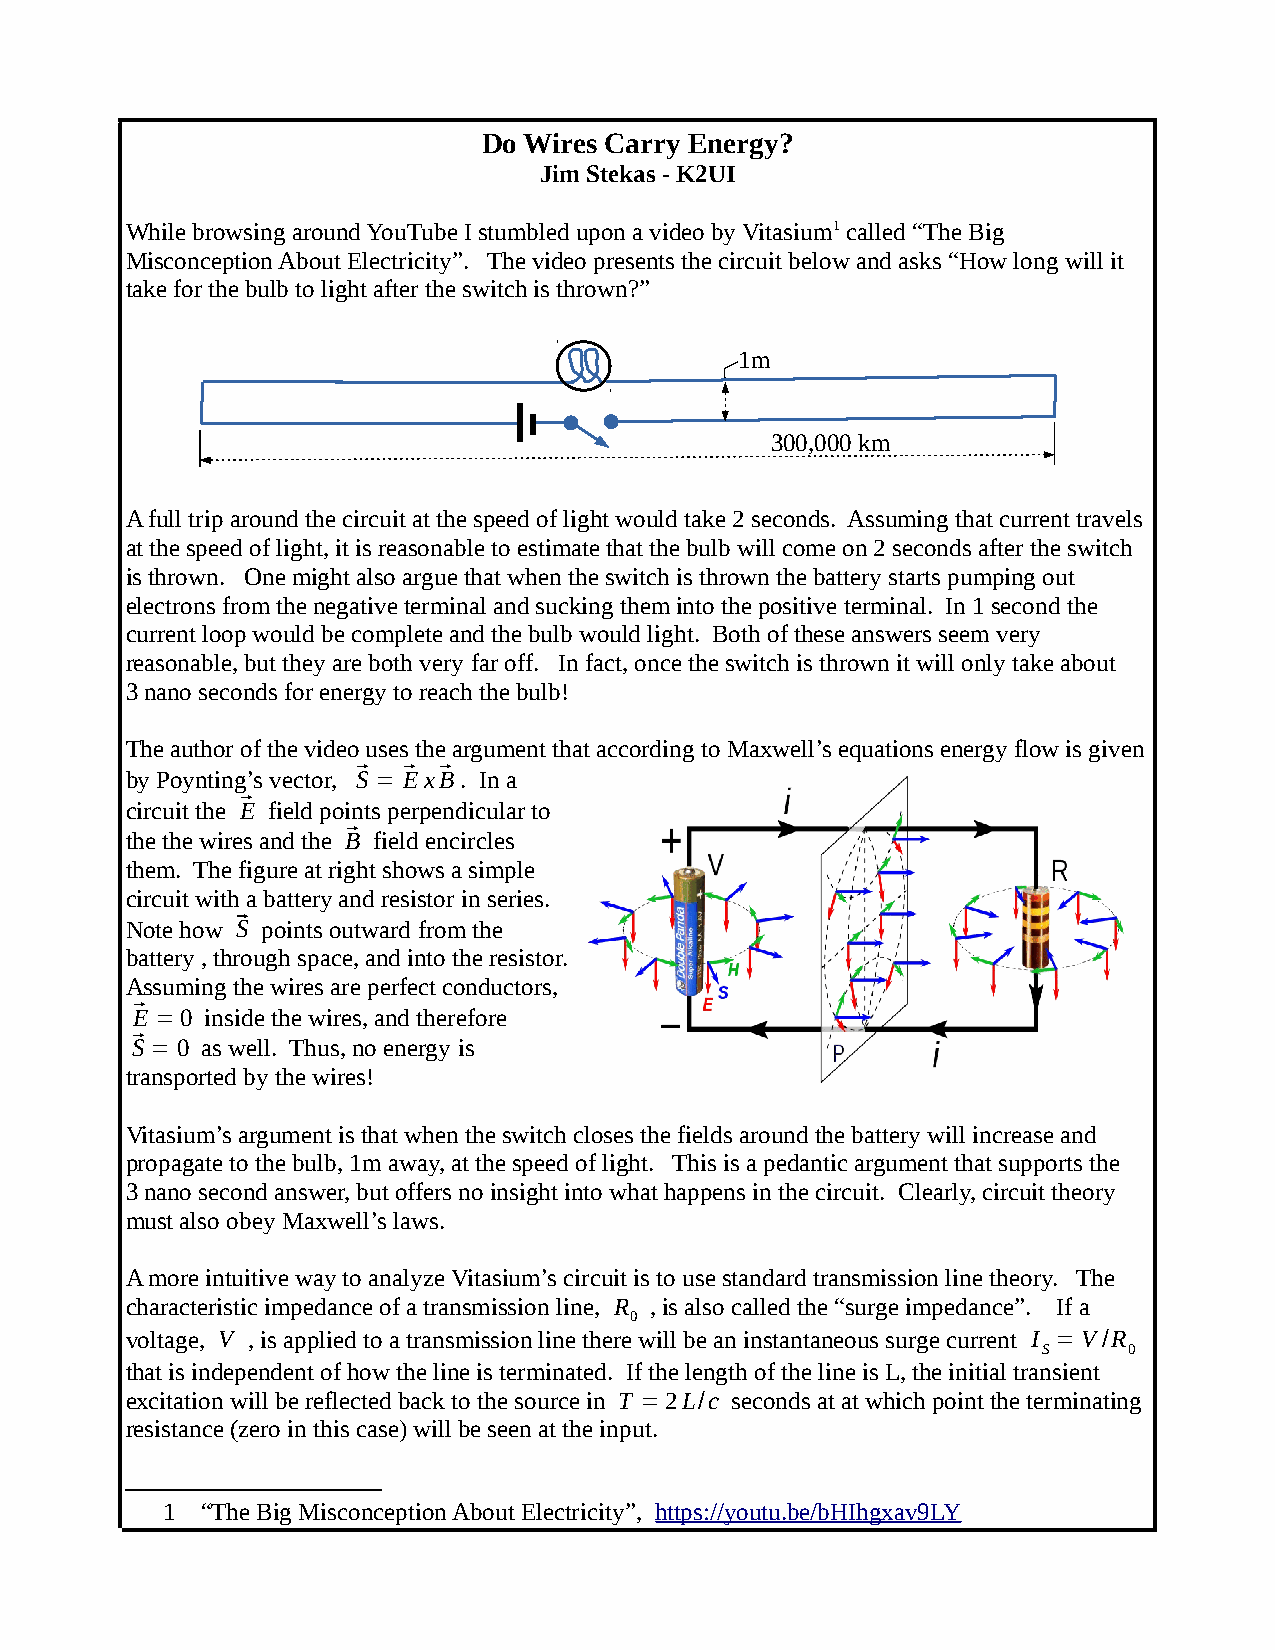
Do Wires Carry Energy?
 Jim Stekas - K2UI
 While browsing around YouTube I stumbled upon a video by Vitasium1 called “The Big
 Misconception About Electricity”. The video presents the circuit below and asks “How long will it
 take for the bulb to light after the switch is thrown?”
 1m
 300,000 km
 A full trip around the circuit at the speed of light would take 2 seconds. Assuming that current travels
 at the speed of light, it is reasonable to estimate that the bulb will come on 2 seconds after the switch
 is thrown. One might also argue that when the switch is thrown the battery starts pumping out
 electrons from the negative terminal and sucking them into the positive terminal. In 1 second the
 current loop would be complete and the bulb would light. Both of these answers seem very
 reasonable, but they are both very far off. In fact, once the switch is thrown it will only take about
 3 nano seconds for energy to reach the bulb!
 The author of the video uses the argument that according to Maxwell’s equations energy flow is given
 by Poynting’s vector, ⃗S= ⃗Ex⃗B. In a
 circuit the ⃗E field points perpendicular to
 the the wires and the B⃗ field encircles
 them. The figure at right shows a simple
 circuit with a battery and resistor in series.
 Note how ⃗S points outward from the
 battery , through space, and into the resistor.
 Assuming the wires are perfect conductors,
 ⃗E =0 inside the wires, and therefore
 ⃗S= 0 as well. Thus, no energy is
 transported by the wires!
 Vitasium’s argument is that when the switch closes the fields around the battery will increase and
 propagate to the bulb, 1m away, at the speed of light. This is a pedantic argument that supports the
 3 nano second answer, but offers no insight into what happens in the circuit. Clearly, circuit theory
 must also obey Maxwell’s laws.
 A more intuitive way to analyze Vitasium’s circuit is to use standard transmission line theory. The
 characteristic impedance of a transmission line, R , is also called the “surge impedance”. If a
 0
 voltage, V , is applied to a transmission line there will be an instantaneous surge current I = V/R
 S     0
 that is independent of how the line is terminated. If the length of the line is L, the initial transient
 excitation will be reflected back to the source in T =2L/c seconds at at which point the terminating
 resistance (zero in this case) will be seen at the input.
 1 “The Big Misconception About Electricity”, https://youtu.be/bHIhgxav9LY